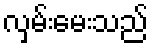
လှမ်းမေးသည်